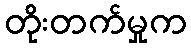
တိုးတက်မှုက